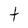
Character: t